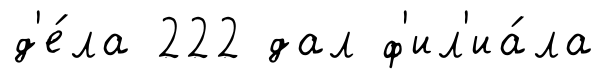
д'е́ла 222 дал ф'ил'иа́ла